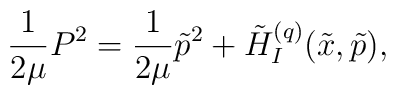
\frac{1}{2\mu}P^{2}=\frac{1}{2\mu}\tilde p^{2}+\tilde H^{(q)}_I(\tilde x,\tilde p),